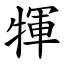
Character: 㹆